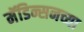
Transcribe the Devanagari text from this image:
मॅडिन्सनच्या